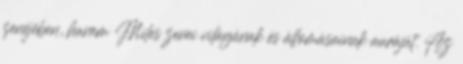
zenéjében, hanem Miles zenei világának és állomásainak auráját. Az